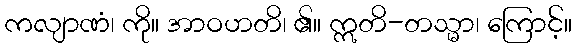
ကလျာဏံ၊ ကို။ အာဝဟတိ၊ ၏။ ဣတိ-တသ္မာ၊ ကြောင့်။